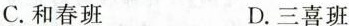
C.和春班 D.三喜班